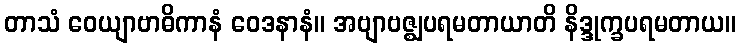
တာသံ ဝေယျာဗာဓိကာနံ ဝေဒနာနံ။ အဗျာဗဇ္ဈပရမတာယာတိ နိဒ္ဒုက္ခပရမတာယ။